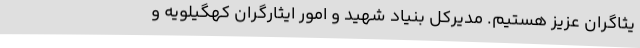
یثاگران عزیز هستیم. مدیرکل بنیاد شهید و امور ایثارگران کهگیلویه و